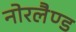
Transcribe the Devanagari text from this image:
नोरलैण्ड